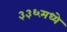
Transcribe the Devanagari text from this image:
३३६मध्ये